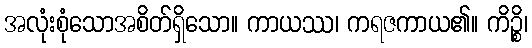
အလုံးစုံသောအစိတ်ရှိသော။ ကာယဿ၊ ကရဇကာယ၏။ ကိဉ္စိ၊